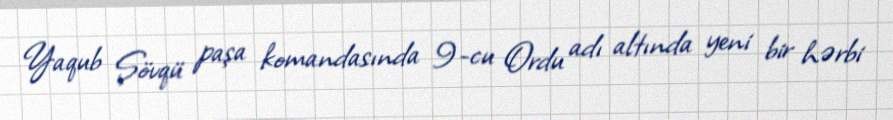
Yaqub Şövqü paşa komandasında 9-cu Ordu adı altında yeni bir hərbi